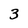
Character: 3